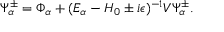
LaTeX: \Psi _ { \alpha } ^ { \pm } = \Phi _ { \alpha } + ( E _ { \alpha } - H _ { 0 } \pm i \epsilon ) ^ { - 1 } V \Psi _ { \alpha } ^ { \pm } .